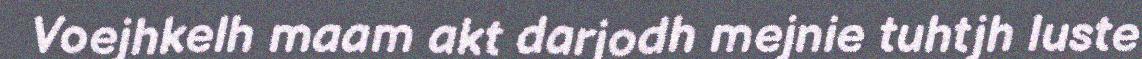
Voejhkelh maam akt darjodh mejnie tuhtjh luste